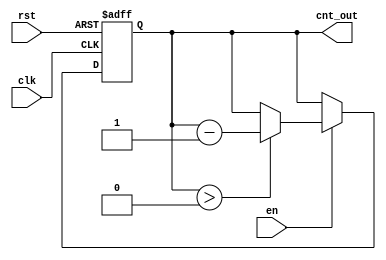
module down_counter_moore #(
    parameter N = 3 // Number of bits for the counter
) (
    input wire clk,      // Clock input
    input wire rst,      // Asynchronous reset
    input wire en,       // Enable signal
    output reg [N-1:0] cnt_out // Current count value
);

    // Maximum count value
    localparam MAX_COUNT = (1 << N) - 1; // 2^N - 1

    // State transition
    always @(posedge clk or posedge rst) begin
        if (rst) begin
            cnt_out <= MAX_COUNT; // Reset to maximum count
        end else if (en) begin
            if (cnt_out > 0) begin
                cnt_out <= cnt_out - 1; // Decrement the count
            end
            // If cnt_out is 0, it will stay at 0 because of the condition
        end
        // If not enabled, cnt_out holds its value
    end

endmodule